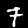
Label: 7